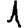
Digit: 1